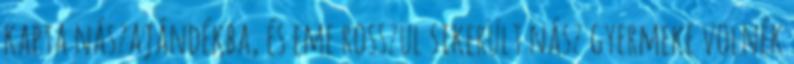
kapta nászajándékba, és eme rosszul sikerült nász gyermeke volnék